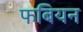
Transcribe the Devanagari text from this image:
फबियन